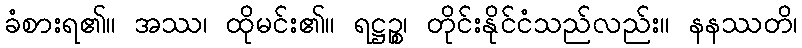
ခံစားရ၏။ အဿ၊ ထိုမင်း၏။ ရဋ္ဌဉ္စ၊ တိုင်းနိုင်ငံသည်လည်း။ နနဿတိ၊